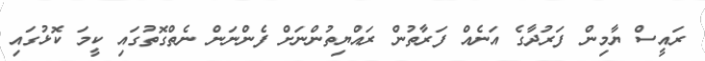
ރައީސް ޔާމިން ފަރުދާގެ އަނެއް ފަރާތުން ރައްޔިތުންނަށް ފެންނަން ނެތްގޮތުގައި ކީމަ ކޮޅުގައި